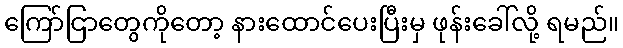
ကြော်ငြာတွေကိုတော့ နားထောင်ပေးပြီးမှ ဖုန်းခေါ်လို့ ရမည်။